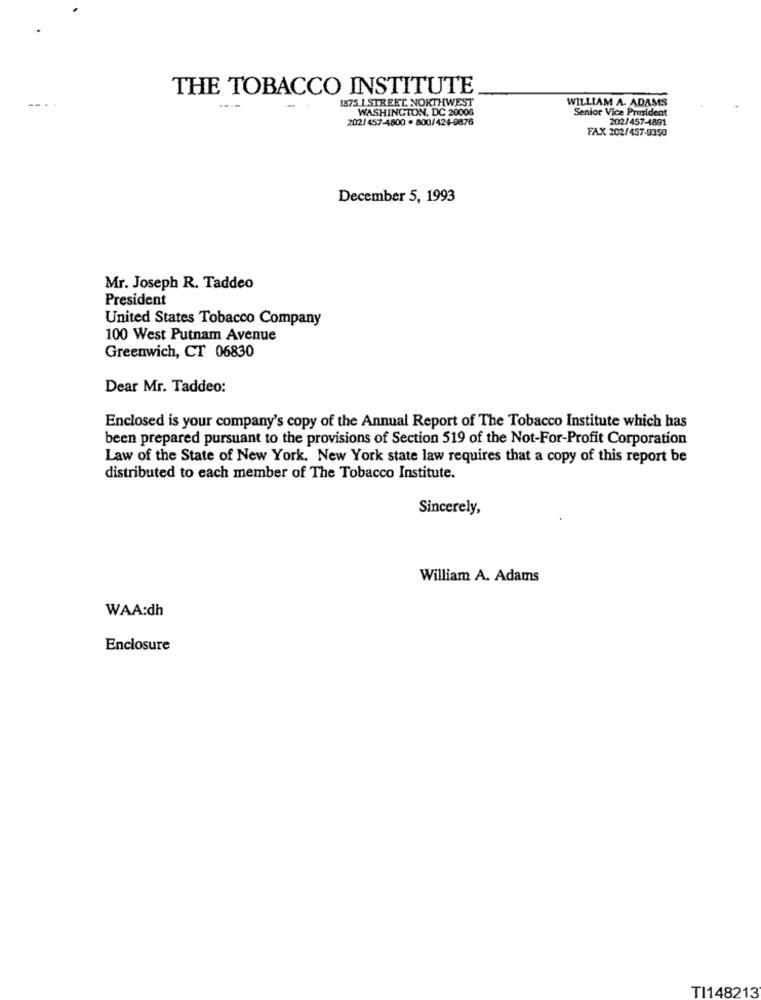
THE TOBACCO INSTITUTE
-- ..
1875 LSTREET NORTHWEST
WILLIAM A. ADAMS
WASHINGTON, DC 20006
Senior Vice President
202/457-4800 . 800/424-9876
202/457-4891
FAX 202/457-9350
December 5, 1993
Mr. Joseph R. Taddeo
President
United States Tobacco Company
100 West Putnam Avenue
Greenwich, CT 06830
Dear Mr. Taddeo:
Enclosed is your company's copy of the Annual Report of The Tobacco Institute which has
been prepared pursuant to the provisions of Section 519 of the Not-For-Profit Corporation
Law of the State of New York. New York state law requires that a copy of this report be
distributed to each member of The Tobacco Institute.
Sincerely,
William A. Adams
WAA:dh
Enclosure
TI148213